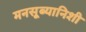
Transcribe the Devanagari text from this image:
मनसूब्यानिशी